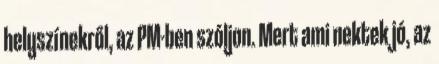
helyszínekről, az PM-ben szóljon. Mert ami nektek jó, az